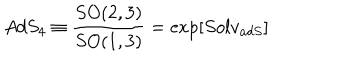
LaTeX: A d S _ { 4 } \equiv \frac { S O ( 2 , 3 ) } { S O ( 1 , 3 ) } = \exp \left[ S o l v _ { a d S } \right]